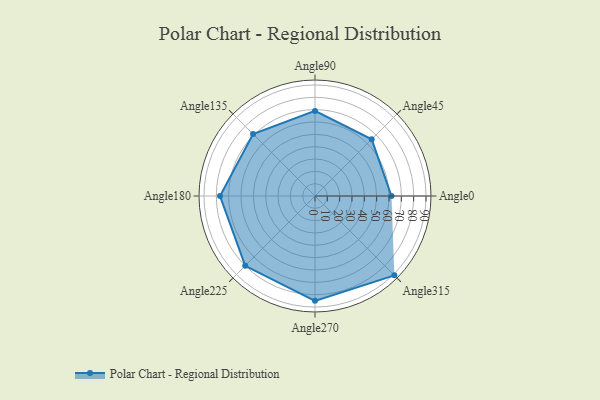
{"axis": {"x": "Angle", "y": "Radius"}, "legend": [""], "data": [{"x": "Angle0", "y": 62.0, "type": ""}, {"x": "Angle45", "y": 65.0, "type": ""}, {"x": "Angle90", "y": 69.0, "type": ""}, {"x": "Angle135", "y": 71.0, "type": ""}, {"x": "Angle180", "y": 77.0, "type": ""}, {"x": "Angle225", "y": 80.0, "type": ""}, {"x": "Angle270", "y": 85.0, "type": ""}, {"x": "Angle315", "y": 91.0, "type": ""}]}